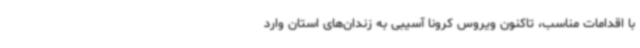
با اقدامات مناسب، تاکنون ویروس کرونا آسیبی به زندان‌های استان وارد